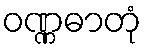
ဝဏ္ဏဓာတုံ